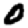
Digit: 0